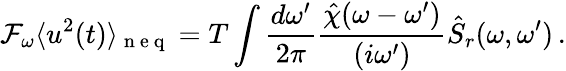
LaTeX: \mathcal{F}_{\omega}\langle u^{2}(t)\rangle_{\mathrm{~n~e~q~}}=T\int\frac{d\omega^{\prime}}{2\pi}\frac{\hat{\chi}(\omega-\omega^{\prime})}{(i\omega^{\prime})}\hat{S}_{r}(\omega,\omega^{\prime})\, .